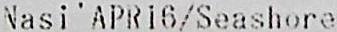
NASI'APR16/SEASHORE